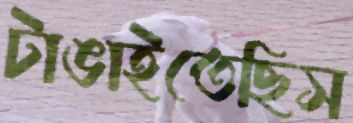
টাঙাইতেছিস